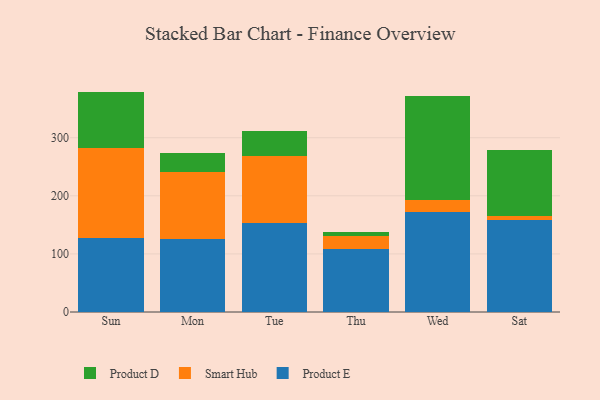
{"axis": {"x": "Day", "y": "Net Income (USD K)"}, "legend": ["Product D", "Product E", "Smart Hub"], "data": [{"x": "Sun", "y": 127.6, "type": "Product E"}, {"x": "Sun", "y": 154.5, "type": "Smart Hub"}, {"x": "Sun", "y": 97.3, "type": "Product D"}, {"x": "Mon", "y": 126.3, "type": "Product E"}, {"x": "Mon", "y": 114.2, "type": "Smart Hub"}, {"x": "Mon", "y": 33.4, "type": "Product D"}, {"x": "Tue", "y": 153.7, "type": "Product E"}, {"x": "Tue", "y": 115.1, "type": "Smart Hub"}, {"x": "Tue", "y": 43.6, "type": "Product D"}, {"x": "Thu", "y": 108.0, "type": "Product E"}, {"x": "Thu", "y": 22.2, "type": "Smart Hub"}, {"x": "Thu", "y": 8.2, "type": "Product D"}, {"x": "Wed", "y": 172.9, "type": "Product E"}, {"x": "Wed", "y": 19.1, "type": "Smart Hub"}, {"x": "Wed", "y": 179.3, "type": "Product D"}, {"x": "Sat", "y": 158.1, "type": "Product E"}, {"x": "Sat", "y": 6.4, "type": "Smart Hub"}, {"x": "Sat", "y": 114.3, "type": "Product D"}]}